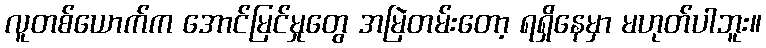
လူတစ်ယောက်က အောင်မြင်မှုတွေ အမြဲတမ်းတော့ ရရှိနေမှာ မဟုတ်ပါဘူး။